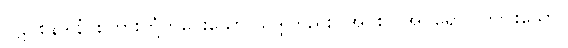
ပဋိဝစနဒါနံ၊ စကားတုံ့ကိုပေးသော သဒ္ဒါတည်း။ အပိစ (အပရော) တပါးသော။